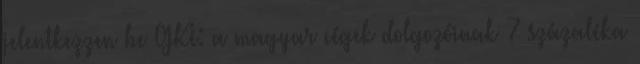
jelentkezzen be GKI: a magyar cégek dolgozóinak 7 százaléka